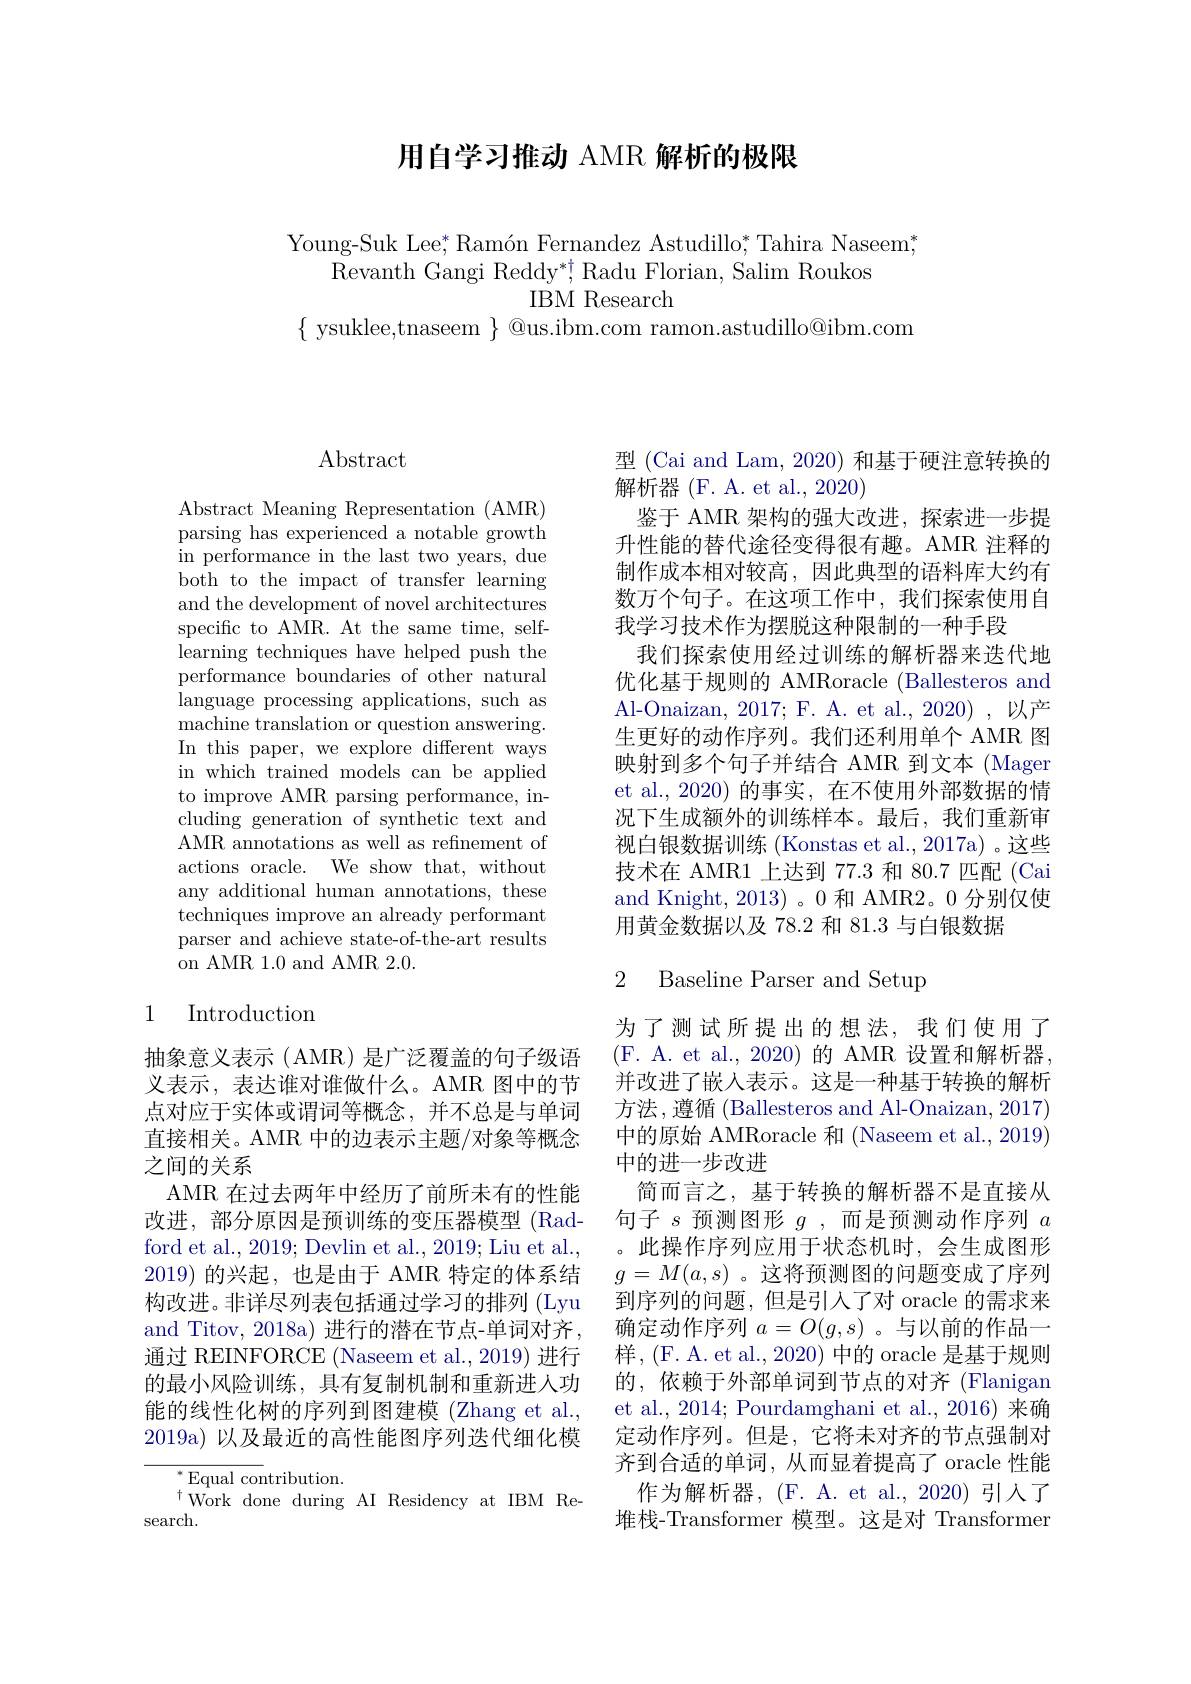
用自学习推动 AMR 解析的极限

Young-Suk Lee$^*,\text{Ram\'{o}nFernandezAstudillo;TahiraNaseem;}^*$
$\bar{\text{Revanth Gangi Reddy}^{*\dagger}}$Radu Florian, Salim Roukos
IBM Research
$\{{\mathrm{~ysuklee,tnaseem~}}\}{\mathrm{~@us.ibm.com~ramon.astudillo@ibm.com}}$

$\operatorname{Abstract}$

Abstract Meaning Representation (AMR) parsing has experienced a notable growth in performance in the last two years, due both to the impact of transfer learning and the development of novel architectures specific to AMR. At the same time, selflearning techniques have helped push the performance boundaries of other natural language processing applications, such as ${\mathrm{machine~translation~or~question~answering.}}$ In this paper, we explore different ways in which trained models can be applied to improve AMR parsing performance, including generation of synthetic text and AMR annotations as well as refinement of actions oracle. We show that, without any additional human annotations, these techniques improve an already performant parser and achieve state-of-the-art results on AMR 1.0 and AMR 2.0.

1 Introduction

抽象意义表示(AMR)是广泛覆盖的句子级语义表示，表达谁对谁做什么。AMR 图中的节点对应于实体或谓词等概念，并不总是与单词直接相关。AMR 中的边表示主题/对象等概念之间的关系
AMR 在过去两年中经历了前所未有的性能改进，部分原因是预训练的变压器模型(Radford et al., 2019; Devlin et al., 2019; Liu et al., 2019)的兴起，也是由于 AMR 特定的体系结构改进。非详尽列表包括通过学习的排列 (Lyu and Titov, 2018a) 进行的潜在节点-单词对齐， 通过 REINFORCE (Naseem et al., 2019) 进行的最小风险训练，具有复制机制和重新进人功能的线性化树的序列到图建模 (Zhang et al., 2019a) 以及最近的高性能图序列迭代细化模

$^{*}$Equal contribution.
$^{\dagger}$Work done during AI Residency at IBM Re-
search.

型 (Cai and Lam, 2020) 和基于硬注意转换的
解析器 (F. A. et al., 2020)
鉴于 AMR 架构的强大改进，探索进一步提升性能的替代途径变得很有趣。AMR 注释的制作成本相对较高，因此典型的语料库大约有数万个句子。在这项工作中，我们探索使用自我学习技术作为摆脱这种限制的一种手段
我们探索使用经过训练的解析器来迭代地优化基于规则的 AMRoracle (Ballesteros and Al-Onaizan, 2017; F. A. et al., 2020) , 以产生更好的动作序列。我们还利用单个 AMR 图映射到多个句子并结合 AMR 到文本 (Mager et al.,2020) 的事实，在不使用外部数据的情况下生成额外的训练样本。最后，我们重新审视白银数据训练 (Konstas et al., 2017a) 。这些技术在 AMR1 上达到 77.3 和 80.7 匹配 (Cai and Knight, 2013)。0 和 AMR2。0 分别仅使用黄金数据以及 78.2 和 81.3 与白银数据

## 2 Baseline Parser and Setup

为了测试所提出的想法，我们使用了(F. A. et al., 2020)的 AMR 设置和解析器， 并改进了嵌入表示。这是一种基于转换的解析方法，遵循 (Ballesteros and Al-Onaizan, 2017) 中的原始 AMRoracle 和 (Naseem et al., 2019) 中的进一步改进
简而言之，基于转换的解析器不是直接从句子$s$预测图形$g$,而是预测动作序列$a$ 。此操作序列应用于状态机时，会生成图形$g=M(a,s)$。这将预测图的问题变成了序列到序列的问题，但是引入了对 oracle 的需求来确定动作序列$a=O(g,s)$ 。与以前的作品一样，(F.A.et al., 2020) 中的 oracle 是基于规则的，依赖于外部单词到节点的对齐(Flanigan et al., 2014; Pourdamghani et al., 2016) 来确定动作序列。但是，它将未对齐的节点强制对齐到合适的单词，从而显着提高了 oracle 性能
作为解析器，(F.A.etal.,2020)引入了堆栈-Transformer 模型。这是对 Transformer